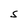
Character: S